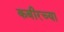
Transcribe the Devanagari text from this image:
कबीरच्या